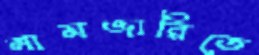
নামজারিতে